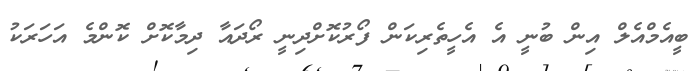
ބީއެމްއެލް އިން ބުނީ އެ އެހީތެރިކަން ފޯރުކޮށްދިނީ ރޯދައާ ދިމާކޮށް ކޮންމެ އަހަރަކު